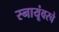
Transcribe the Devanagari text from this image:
स्नायूंवरचे